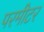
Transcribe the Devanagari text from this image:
परमीटर